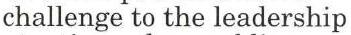
challenge to the leadership